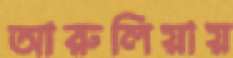
আরুলিয়ায়